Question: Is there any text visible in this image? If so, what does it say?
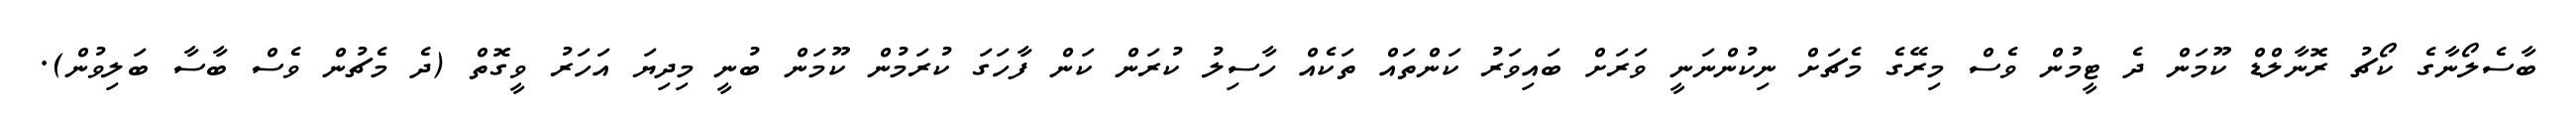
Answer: ބާސެލޯނާގެ ކޯޗު ރޮނާލްޑް ކޫމަން ދެ ޓީމުން ވެސް މިރޭގެ މެޗަށް ނިކުންނަނީ ވަރަށް ބައިވަރު ކަންތައް ތަކެއް ހާސިލު ކުރަން ކަން ފާހަގަ ކުރަމުން ކޫމަން ބުނީ މިދިޔަ އަހަރު ވީގޮތް (ދެ މެޗުން ވެސް ބާސާ ބަލިވުން).